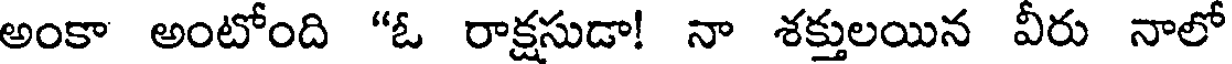
అంకా అంటోంది "ఓ రాక్షసుడా! నా శక్తులయిన వీరు నాలో